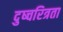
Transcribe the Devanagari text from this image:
दुष्चरित्रता